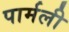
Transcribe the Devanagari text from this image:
पार्मली